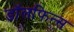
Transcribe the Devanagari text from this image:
डॉलफिन्स